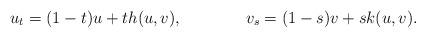
LaTeX: \begin{align*}u_t &{}= (1-t)u+t h(u,v),&v_s &{}= (1-s)v+s k(u,v).\end{align*}